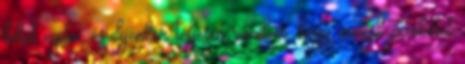
lehet nyitni, és ilyenkor teljesen random, hogy melyik packetet